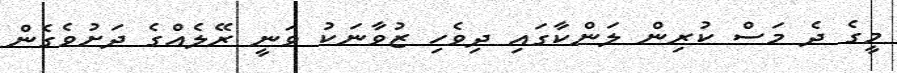
މީގެ ދެ މަސް ކުރިން ލަންކާގައި ދިވެހި ޒުވާނަކު ވަނީ ރޭލެއްގެ ދަށުވެގެން